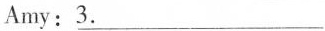
Amy: \underline{3.}